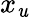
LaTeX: x_{\mathit{u}}